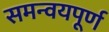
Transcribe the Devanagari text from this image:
समन्वयपूर्ण